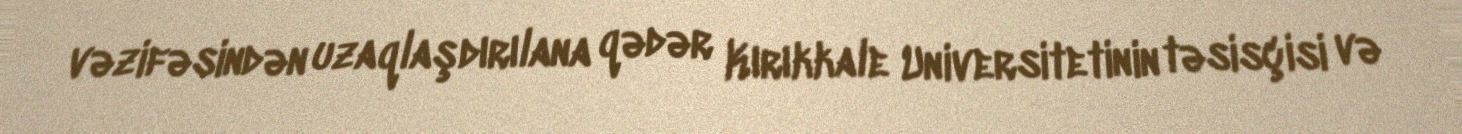
vəzifəsindən uzaqlaşdırılana qədər Kırıkkale Universitetinin təsisçisi və